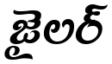
జైలర్